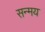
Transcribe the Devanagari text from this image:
सन्मय